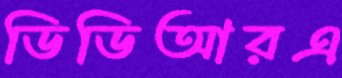
ডিডিআরএ